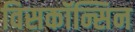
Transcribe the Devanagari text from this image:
विसकॉन्सिन